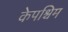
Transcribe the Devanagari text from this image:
केपश्चिम